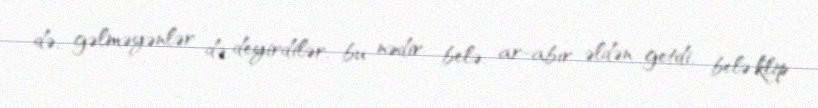
də, gəlməyənlər də deyirdilər, bu nədir belə, ar-abır əldən getdi, belə klip